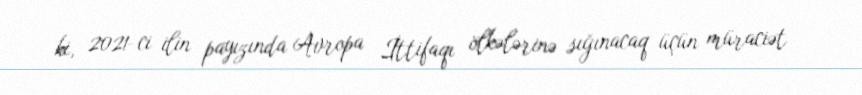
ki, 2021-ci ilin payızında Avropa İttifaqı ölkələrinə sığınacaq üçün müraciət